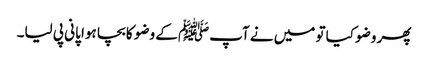
پھر وضو کیا تو میں نے آپﷺ کے وضو کا بچا ہوا پانی پی لیا۔